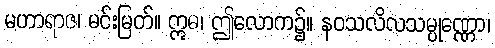
မဟာရာဇ၊ မင်းမြတ်။ ဣဓ၊ ဤလောက၌။ နဝသလိလသမ္ပုဏ္ဏော၊